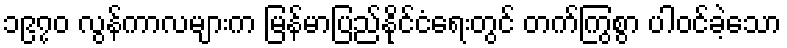
၁၉၇၀ လွန်ကာလများက မြန်မာပြည်နိုင်ငံရေးတွင် တက်ကြွစွာ ပါဝင်ခဲ့သော